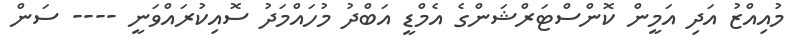
މުއިއްޒު އަދި އަމީން ކޮންސްޓަރްޝަންގެ އެމްޑީ އަބްދު މުހައްމަދު ސޮއިކުރައްވަނީ ---- ސަން